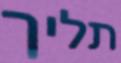
תליך